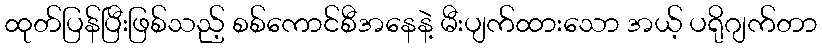
ထုတ်ပြန်ပြီးဖြစ်သည့် စစ်ကောင်စီအနေနဲ့ မီးပျက်ထားသော အယ့် ပရိုဂျက်တာ